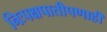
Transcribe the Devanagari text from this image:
निःपक्षपातीपणाही